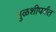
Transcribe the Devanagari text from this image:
मुळशीपर्यंत